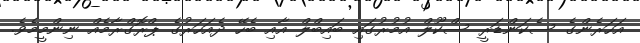
އަހަރެންގެ ސެކަންޑަރީ ސްކޫލް އުމުރުގައި ބައިބްލް އާއި ބެހޭ ދެއަހަރުގެ ޕްރޮގްރާމެއް ނިންމީމެވެ.